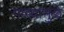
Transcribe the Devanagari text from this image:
गळ्यामुळे